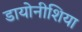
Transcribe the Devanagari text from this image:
डायोनीशिया